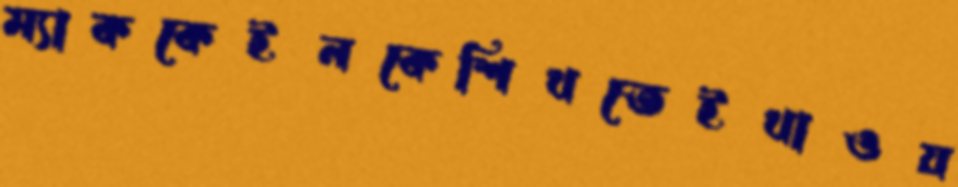
ম্যাককেইনকেশিখতেইখাওয়